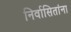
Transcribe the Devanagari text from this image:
निर्वासितांना